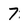
Character: 7